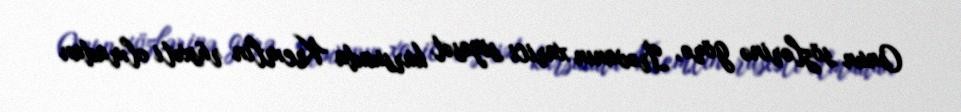
Onun sözlərinə görə, İrəvanın xarici siyasət kursunda Kremlin rüsxəti olmadan